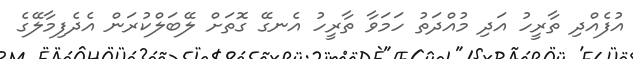
އުފެއްދި ތާރީހު އަދި މުއްދަތު ހަމަވާ ތާރީހު އެނގޭ ގޮތަށް ލޭބަލްކުރަން އެދެފިމާލޭގެ